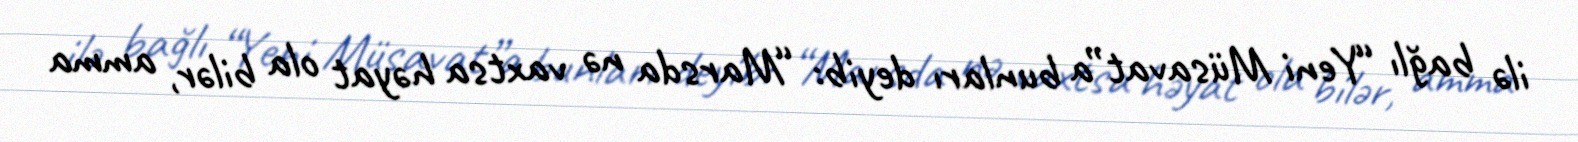
ilə bağlı “Yeni Müsavat”a bunları deyib: “Marsda nə vaxtsa həyat ola bilər, amma